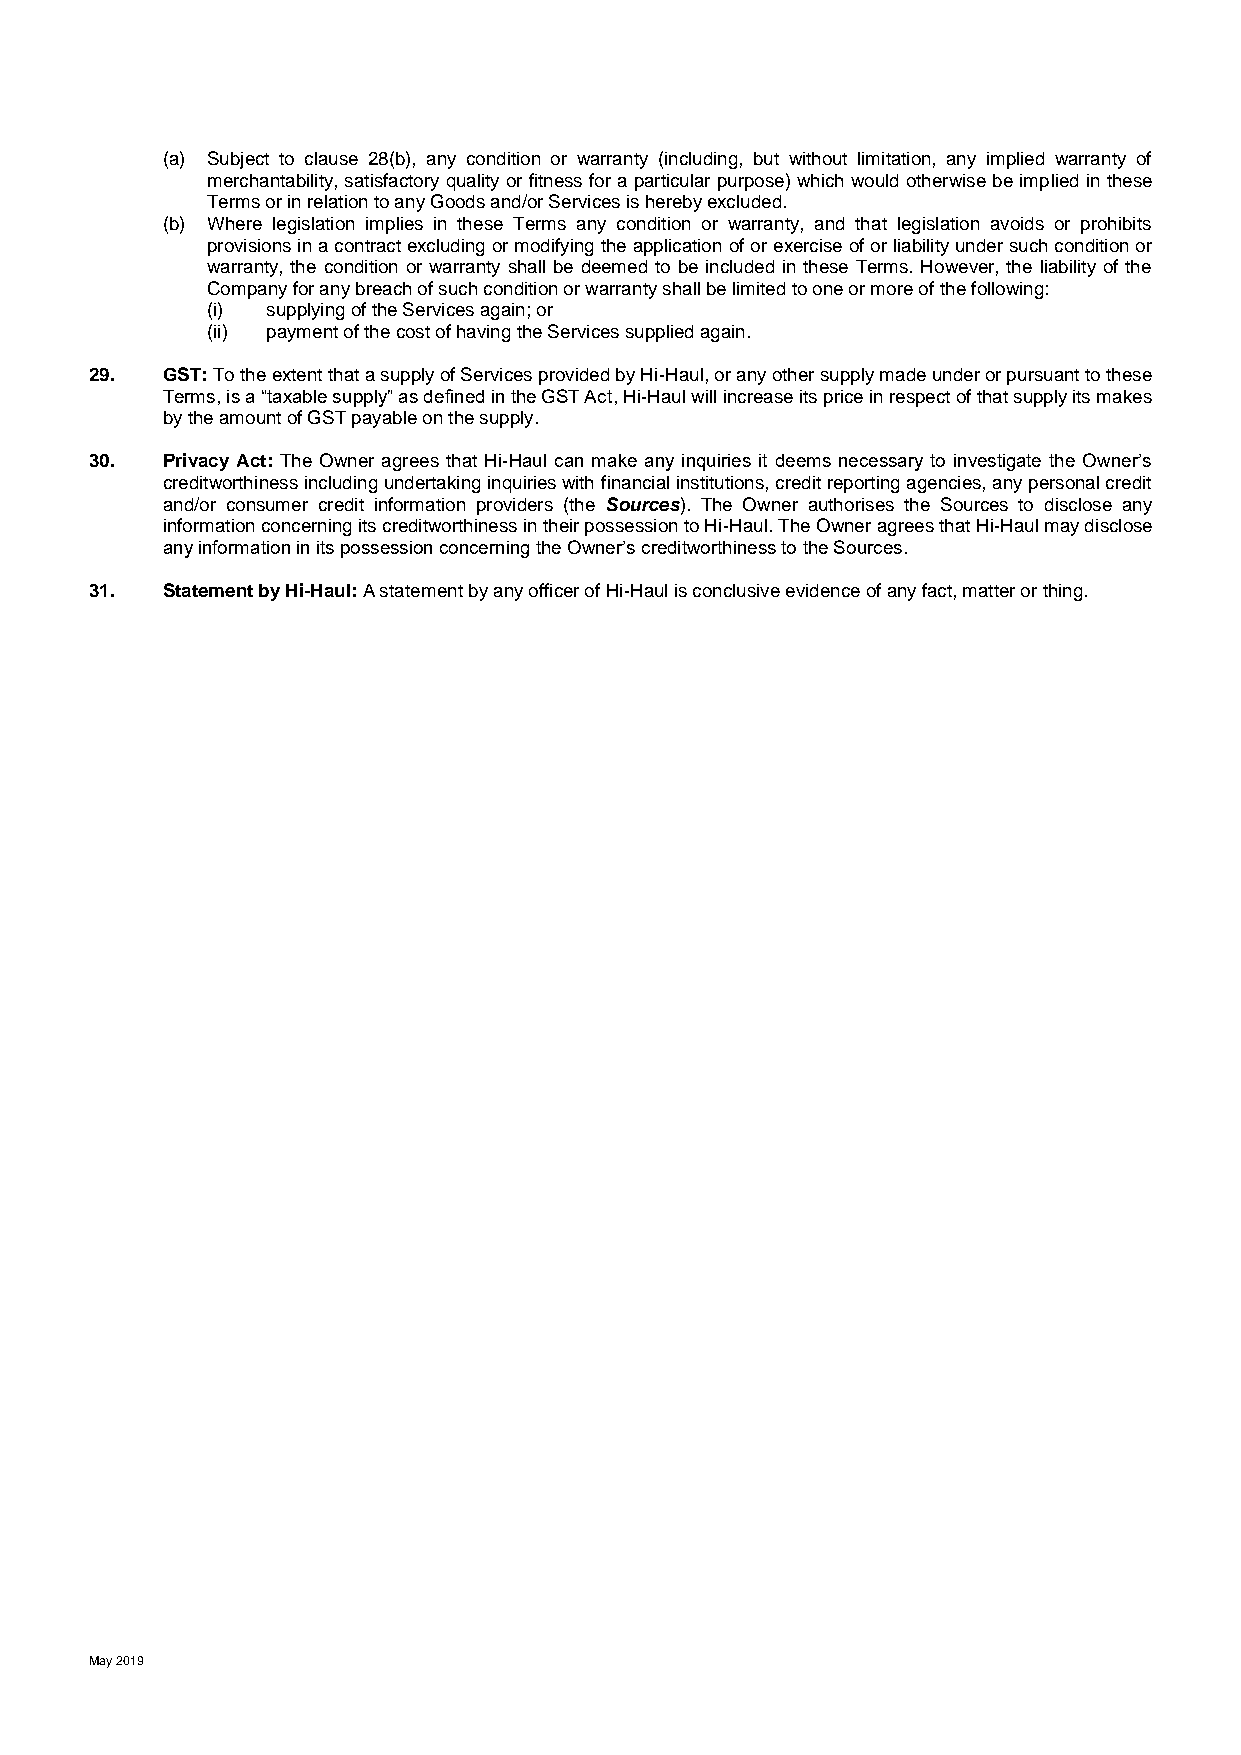
(a) Subject to clause 28(b), any condition or warranty (including, but without limitation, any implied warranty of
 merchantability, satisfactory quality or fitness for a particular purpose) which would otherwise be implied in these
 Terms or in relation to any Goods and/or Services is hereby excluded.
 (b) Where legislation implies in these Terms any condition or warranty, and that legislation avoids or prohibits
 provisions in a contract excluding or modifying the application of or exercise of or liability under such condition or
 warranty, the condition or warranty shall be deemed to be included in these Terms. However, the liability of the
 Company for any breach of such condition or warranty shall be limited to one or more of the following:
 (i) supplying of the Services again; or
 (ii) payment of the cost of having the Services supplied again.
 29.  GST: To the extent that a supply of Services provided by Hi-Haul, or any other supply made under or pursuant to these
 Terms, is a “taxable supply” as defined in the GST Act, Hi-Haul will increase its price in respect of that supply its makes
 by the amount of GST payable on the supply.
 30.  Privacy Act: The Owner agrees that Hi-Haul can make any inquiries it deems necessary to investigate the Owner’s
 creditworthiness including undertaking inquiries with financial institutions, credit reporting agencies, any personal credit
 and/or consumer credit information providers (the Sources). The Owner authorises the Sources to disclose any
 information concerning its creditworthiness in their possession to Hi-Haul. The Owner agrees that Hi-Haul may disclose
 any information in its possession concerning the Owner’s creditworthiness to the Sources.
 31.  Statement by Hi-Haul: A statement by any officer of Hi-Haul is conclusive evidence of any fact, matter or thing.
 May 2019